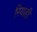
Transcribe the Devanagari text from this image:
रियाही